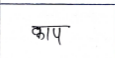
मजकूर: काप